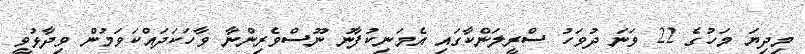
މިދިޔަ މަހުގެ 22 ވަނަ ދުވަހު ސްރީލަންކާގައި އެމަނިކުފާނު ނޫސްވެރިންނާ ވާހަކަދައްކަވަމުން ވިދާޅުވީ